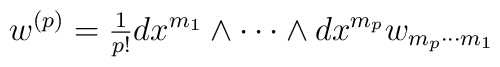
w^{(p)}=\hbox{${1\over p!}$}dx^{m_1}\wedge\cdots \wedge dx^{m_p} w_{m_p\cdots m_1}